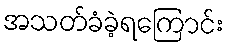
အသတ်ခံခဲ့ရကြောင်း